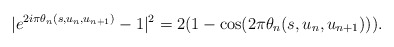
\begin{align*}|e^{2i\pi\theta_{n}(s,u_{n},u_{n+1})}-1|^{2} &=2 (1-\cos( 2\pi\theta_{n}(s,u_{n},u_{n+1}))). \end{align*}